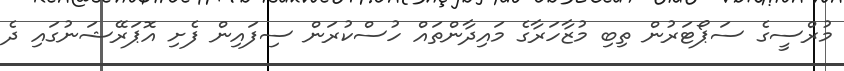
މުރްސީގެ ސަޕޯޓަރުން ތިބި މުޒާހަރާގެ މައިދާންތައް ހުސްކުރަން ސިފައިން ފެށި އޮޕަރޭޝަނުގައި ދެ